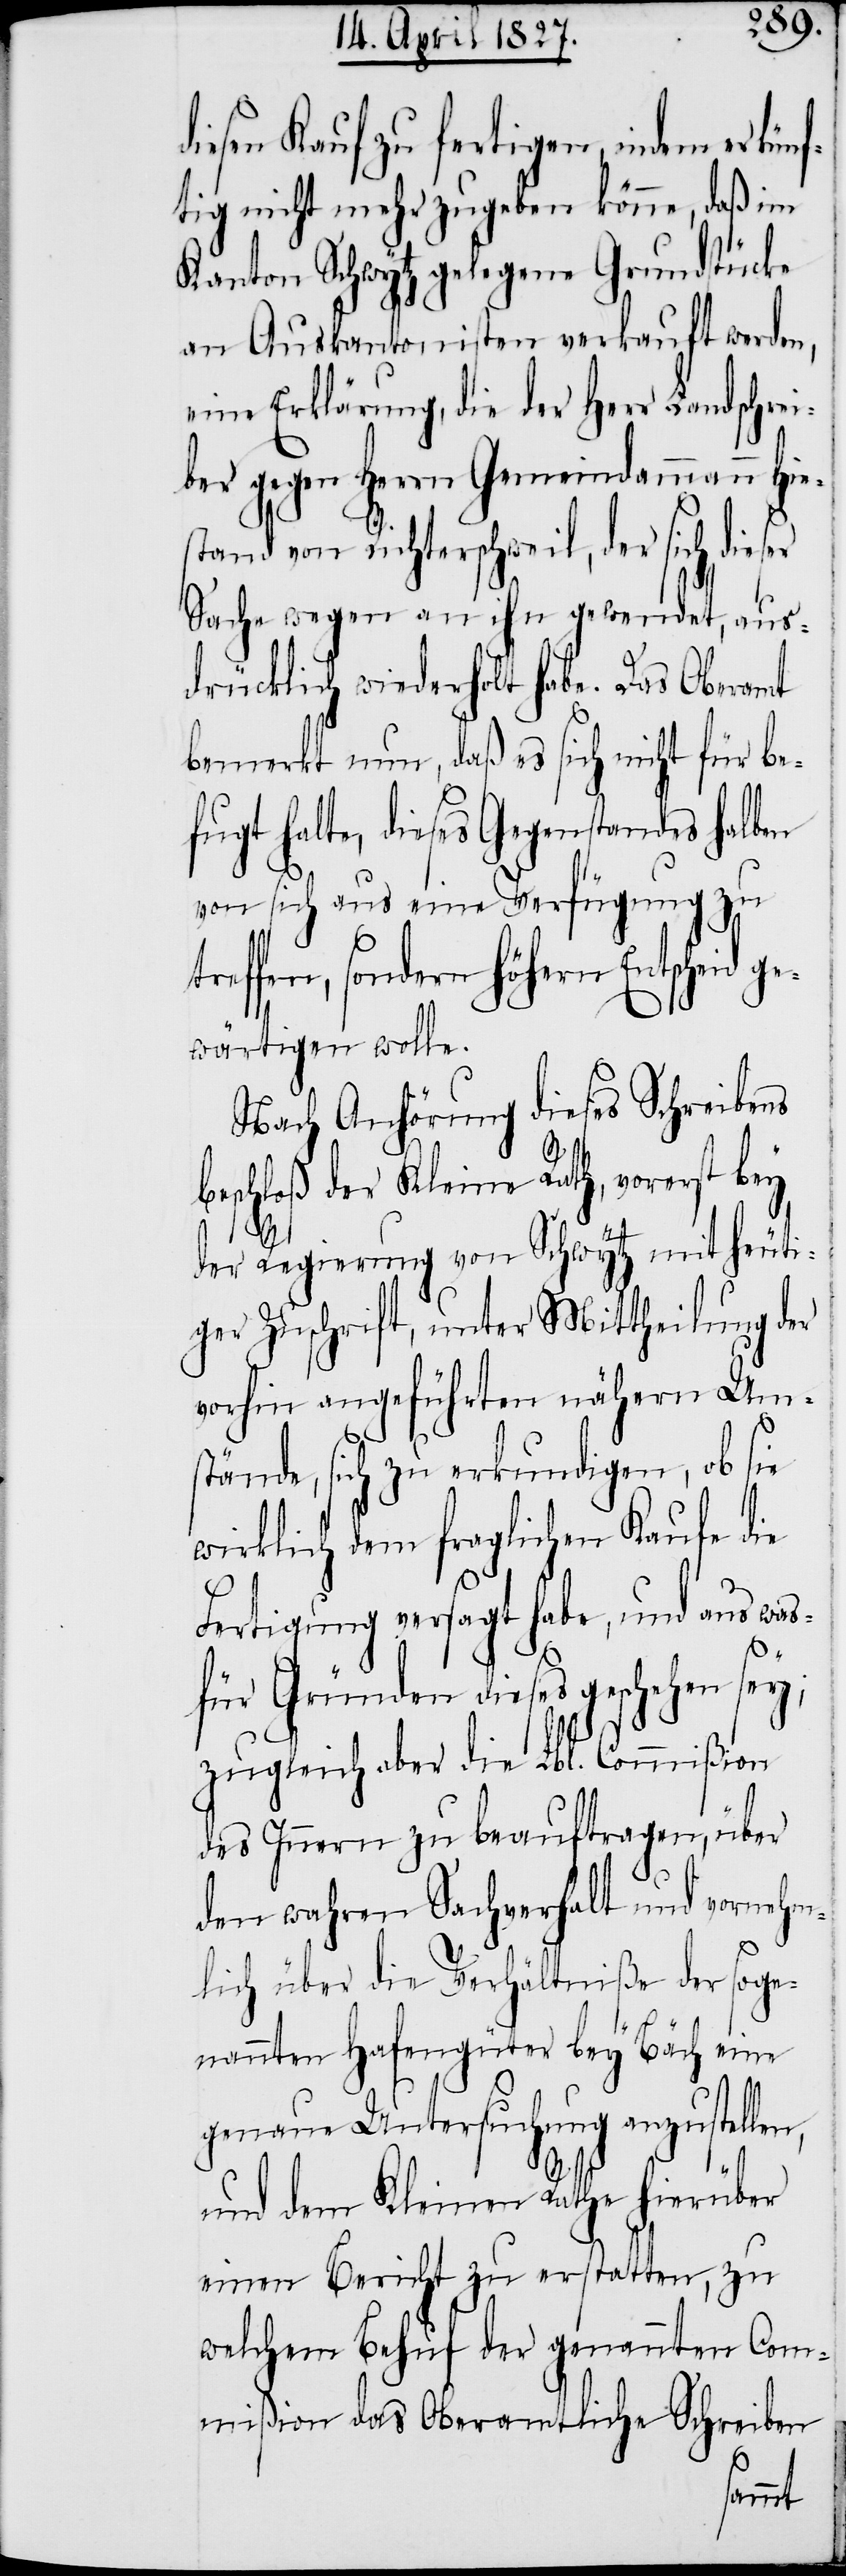
diesen Kauf zu fertigen, indem er künf¬
tig nicht mehr zugeben könne, daß im
Kanton Schwytz gelegene Grundstücke
an Auskantonisten verkauft werden,
eine Erklärung, die der Herr Landschrei¬
ber gegen Herrn Gemeindammann Hie¬
stand von Richterschweil, der sich dieser
Sache wegen an ihn gewendet, aus¬
drücklich wiederholt habe. Das Oberamt
bemerkt nun, daß es sich nicht für be¬
fugt halte, dieses Gegenstandes halben
von sich aus eine Verfügung zu
reffen, sondern höhern Entscheid ge¬
wärtigen wolle.
Nach Anhörung dieses Schreibens
beschloß der Kleine Rath, vorerst bey
der Regierung von Schwytz mit heuti¬
ger Zuschrift, unter Mittheilung der
vorhin angeführten nähern Ums¬
tände, sich zu erkundigen, ob sie
wirklich dem fraglichen Kaufe die
Fertigung versagt habe, und aus was
für Gründen dieses geschehen sey;
zugleich aber die Lbl. Commißion
des Innern zu beauftragen, über
den wahren Sachverhalt und vornehm¬
lich über die Verhältniße der soge¬
nannten Hafengüter bey Bäch eine
genaue Untersuchung anzustel¬
und dem Kleinen Rathe hierüber
einen Bericht zu erstatten, zu
welchem Behuf der genannten Com¬
mißion das Oberamtliche Schreiben
len,